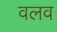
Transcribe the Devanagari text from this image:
वलव